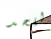
للحد